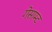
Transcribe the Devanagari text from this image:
गेसाम्ट